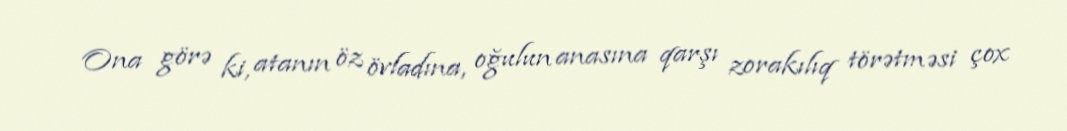
Ona görə ki, atanın öz övladına, oğulun anasına qarşı zorakılıq törətməsi çox